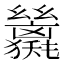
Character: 𢇖